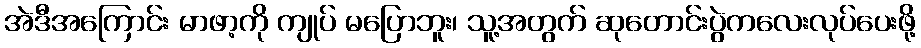
အဲဒီအကြောင်း မာဖာ့ကို ကျုပ် မပြောဘူး၊ သူ့အတွက် ဆုတောင်းပွဲကလေးလုပ်ပေးဖို့